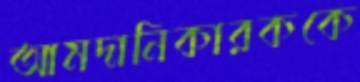
আমদানিকারককে